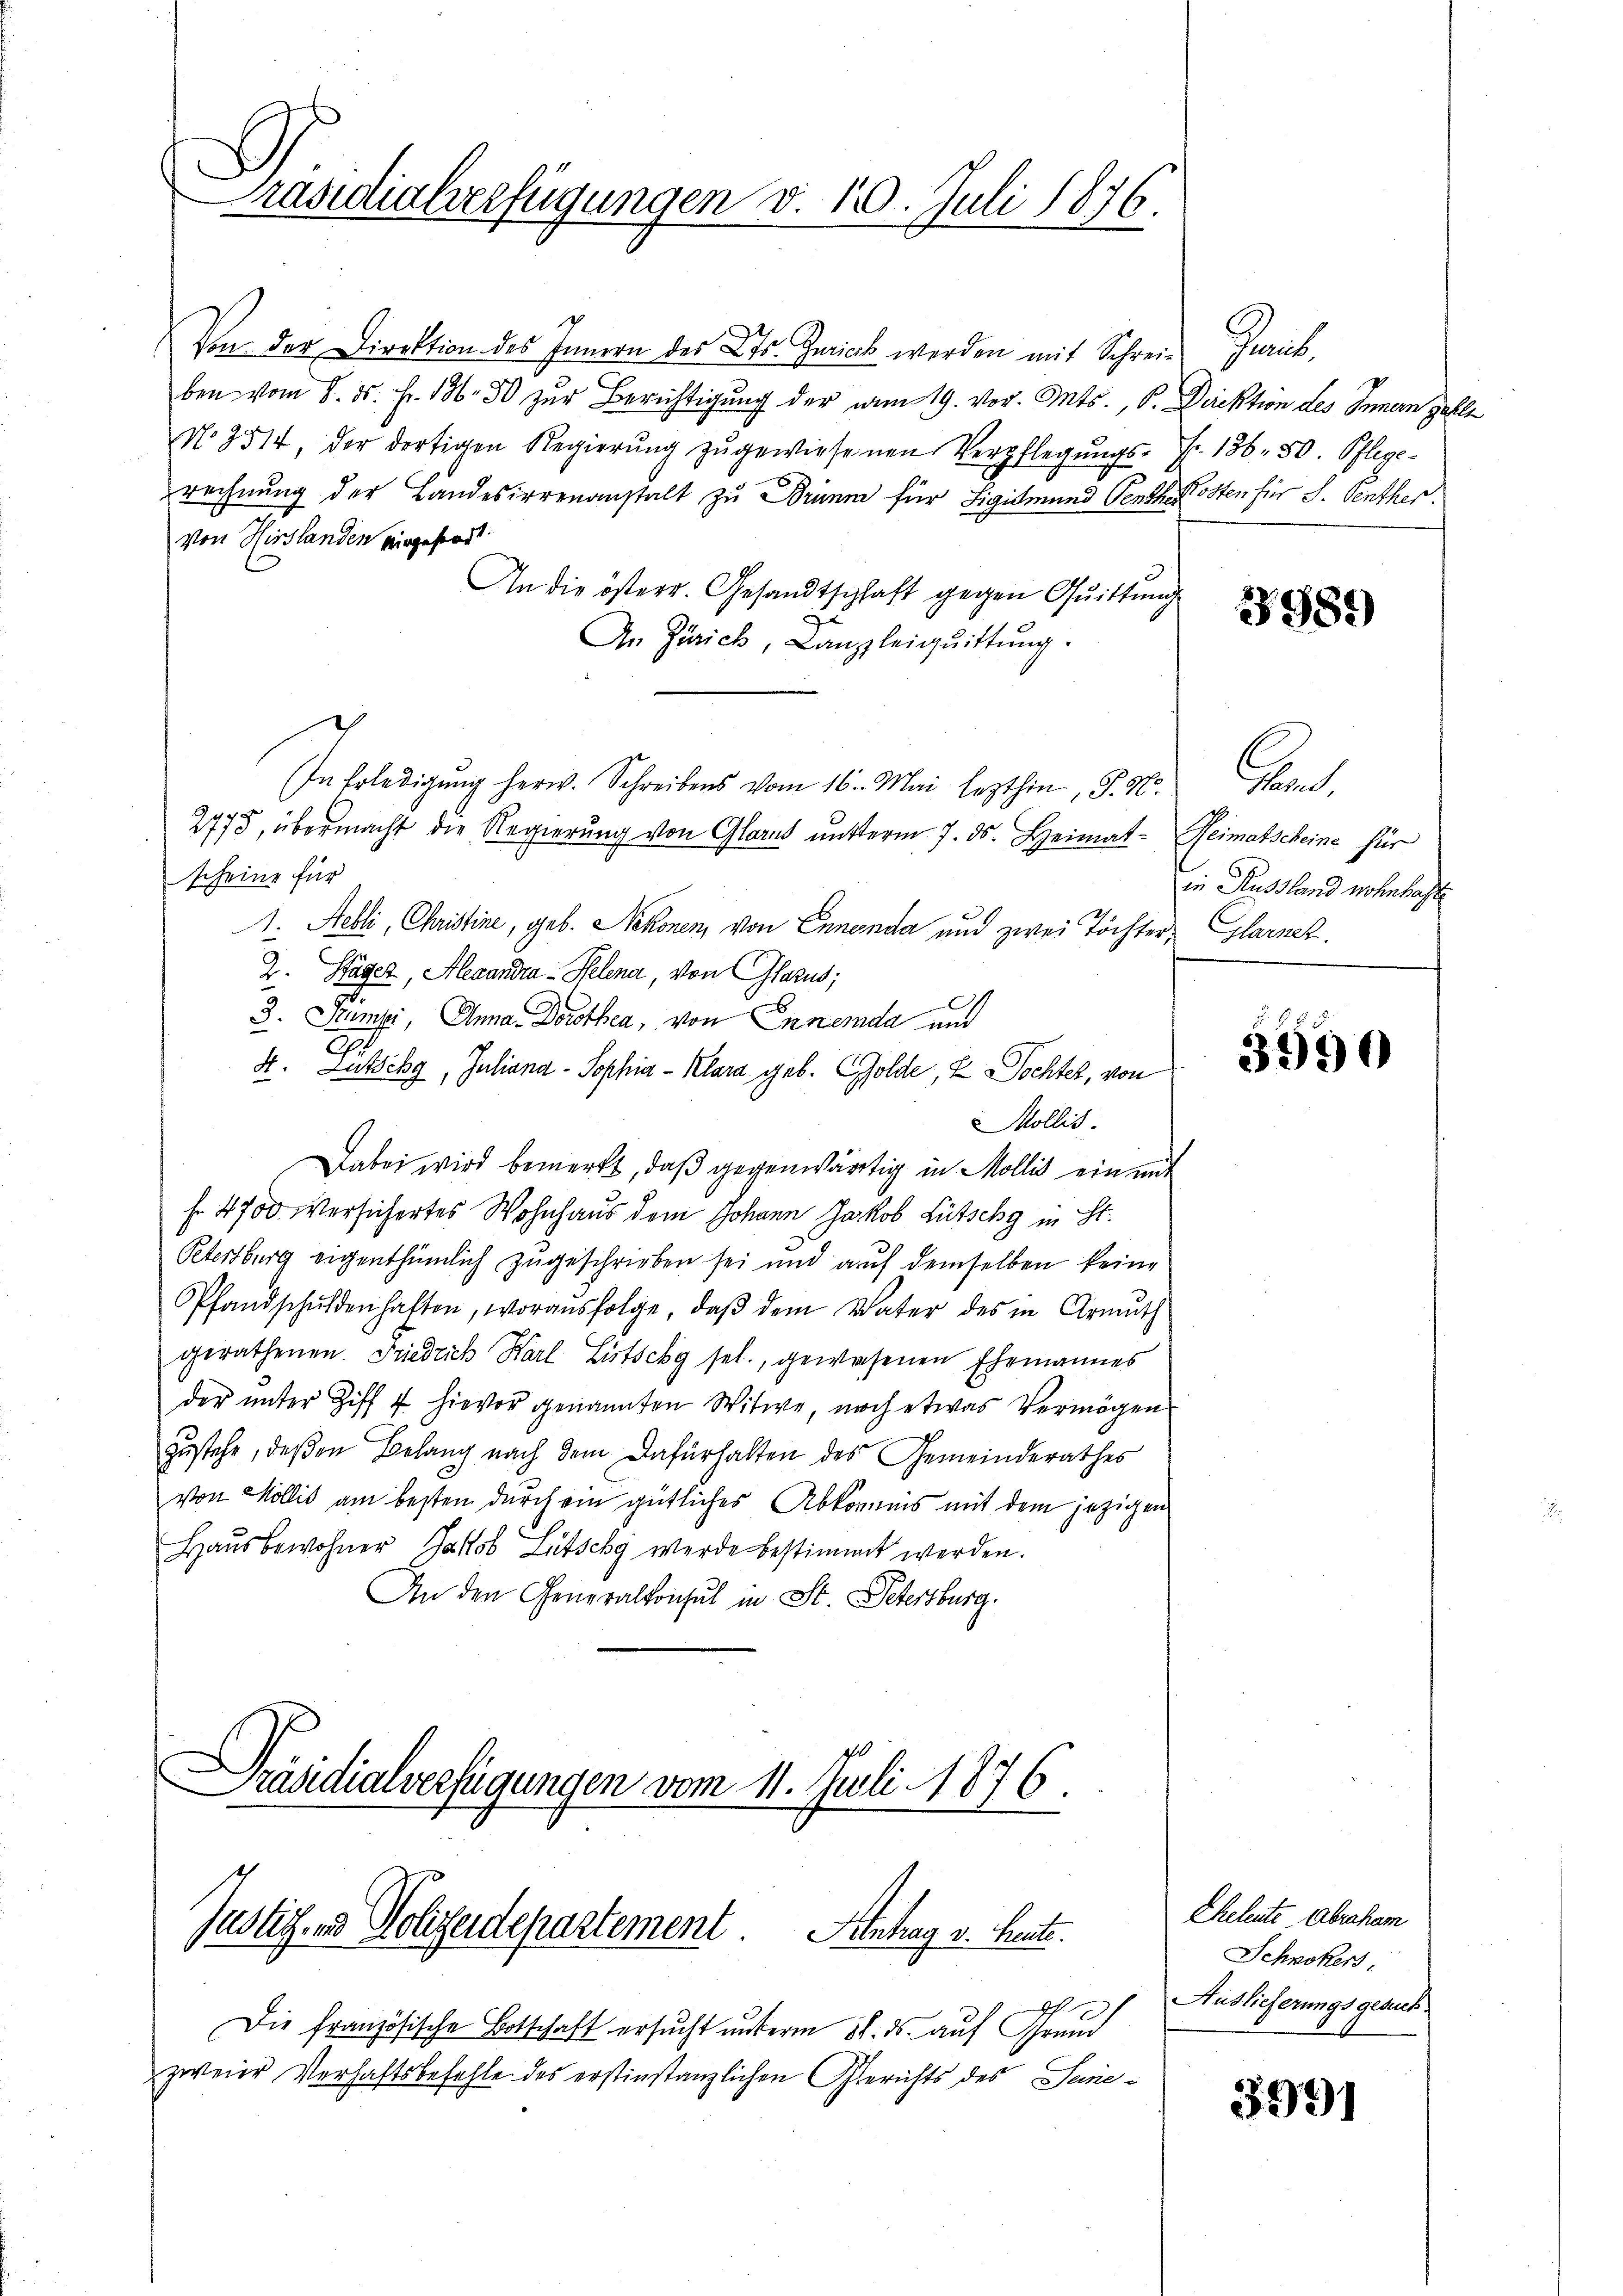
Präsidialverfügungen v. 10. Juli 1876.

Von der Direktion des Innern des Kts. Gerich werden mit Schreie Zürich.
ben vom 8. ds. Fr. 136. 50 zur Berichtigung der vom 19. vor. Mts., b. Direktion des Innern zahlt
No. 2514, der dortigen Regierŭng zŭ gewiesenen Verpflegŭngs- Fr. 136. 50. Pflege-
rechnung der Landesirrenanstalt zu Brumm für Sigismund Penthe Kosten für S. Senther.
von Hirslanden eingefragt.
An die österr. Gesandtschhaft gegen Quittung
An Zürich, Canzleiqŭittŭng.
2775, übermacht die Regierung von Glarus unterm 7. ds. Heimat- Reimatscheine für
scheine für
1. Febli, Christine, geb. Nekonen, von Ennenda und zwei Töchter, Glarnek
2. Stäger, Alexandra - Helena, von Glarus;
3. Stumpi, Anna Dorothea, von Enneda und
2
4. Zütschy, Juliana - Sophia - Klara geb. Golde, u Tochter, von
Mollis.
Dabei wird bemerkt, daß gegenwärtig in Mollis ein mit
f. 4700 versichertes Wohnhaus dem Johann Jakob Lütschg in St.
Petertburg eigenthümlich zugeschrieben sei und auf demselben keine
Pfandschulden halten, woraŭsfolge, daβ dem Vater des in Armuth
gerathenen Friedrich Karl Lustschy sel., gewesenen Ehemannes
der unter Ziff 7 hievor genannten Witwe, noch etwas Vermögens
zustehe, deßen Belang nach dem Dafürhalten des Gemeinderathes
von Mollis am besten durch ein gütliches Abkommnis mit dem jezigen
Haŭsbewohner Jakob Litschy werde bestimmt werden.
An den Generalkonsul in St. Petersburg.
Präsidialverfügungen vom 11. Juli 1876.

In Erledigŭng herw. Schreibens vom 16. Mai lezthin, S. N.

Justiz- und Polizeidepartement Antrag v. heute.

x
Die französische Botschaft ersucht unterm 31. ds. auf Grund
zweier Verhaftsbefehle des erstinstanzlichen Gerichts des Seine¬

3989

n
in Russland wohnhafte

3590

Eheleute Abraham
Schnikers,
Auslieferungsgesuch

399)